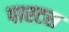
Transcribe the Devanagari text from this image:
पारटस